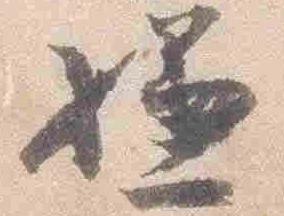
嫌